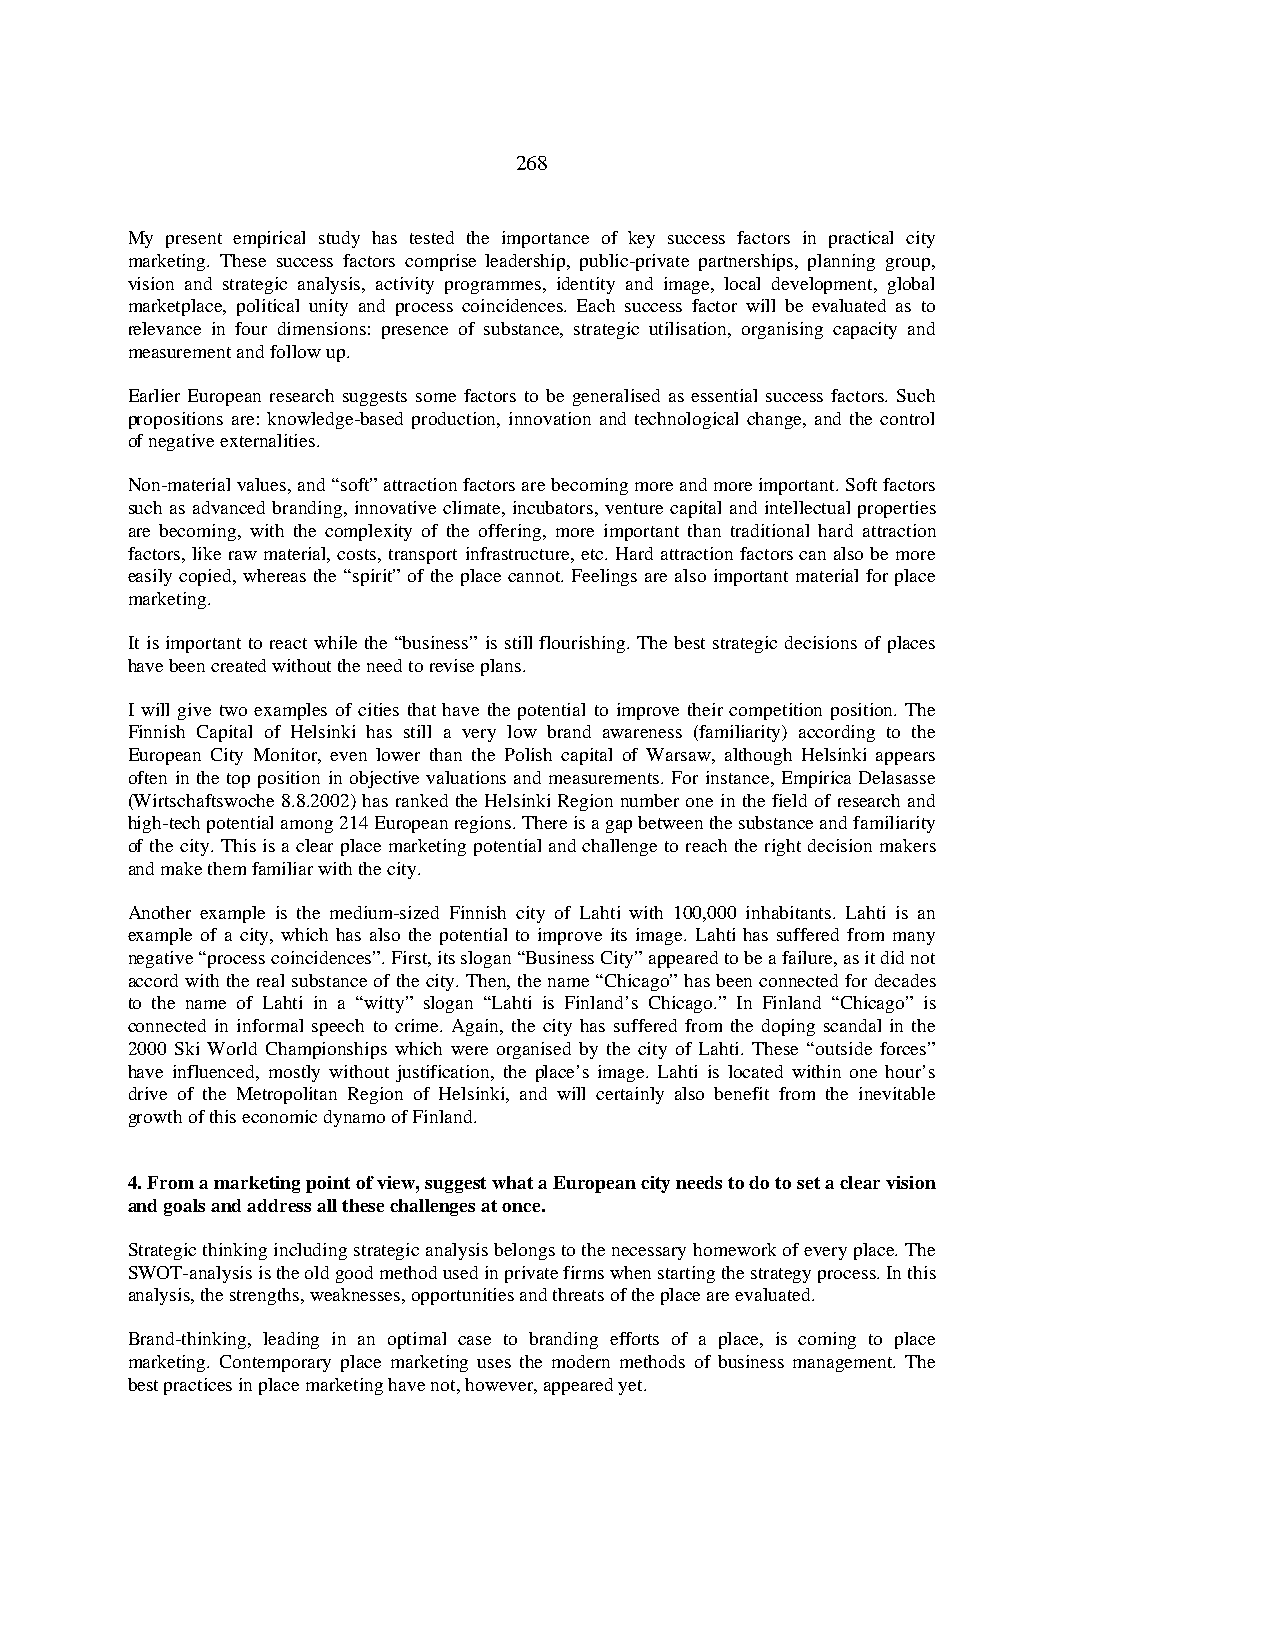
268
 My present empirical study has tested the importance of key success factors in practical city
 marketing. These success factors comprise leadership, public-private partnerships, planning group,
 vision and strategic analysis, activity programmes, identity and image, local development, global
 marketplace, political unity and process coincidences. Each success factor will be evaluated as to
 relevance in four dimensions: presence of substance, strategic utilisation, organising capacity and
 measurement and follow up.
 Earlier European research suggests some factors to be generalised as essential success factors. Such
 propositions are: knowledge-based production, innovation and technological change, and the control
 of negative externalities.
 Non-material values, and “soft” attraction factors are becoming more and more important. Soft factors
 such as advanced branding, innovative climate, incubators, venture capital and intellectual properties
 are becoming, with the complexity of the offering, more important than traditional hard attraction
 factors, like raw material, costs, transport infrastructure, etc. Hard attraction factors can also be more
 easily copied, whereas the “spirit” of the place cannot. Feelings are also important material for place
 marketing.
 It is important to react while the “business” is still flourishing. The best strategic decisions of places
 have been created without the need to revise plans.
 I will give two examples of cities that have the potential to improve their competition position. The
 Finnish Capital of Helsinki has still a very low brand awareness (familiarity) according to the
 European City Monitor, even lower than the Polish capital of Warsaw, although Helsinki appears
 often in the top position in objective valuations and measurements. For instance, Empirica Delasasse
 (Wirtschaftswoche 8.8.2002) has ranked the Helsinki Region number one in the field of research and
 high-tech potential among 214 European regions. There is a gap between the substance and familiarity
 of the city. This is a clear place marketing potential and challenge to reach the right decision makers
 and make them familiar with the city.
 Another example is the medium-sized Finnish city of Lahti with 100,000 inhabitants. Lahti is an
 example of a city, which has also the potential to improve its image. Lahti has suffered from many
 negative “process coincidences”. First, its slogan “Business City” appeared to be a failure, as it did not
 accord with the real substance of the city. Then, the name “Chicago” has been connected for decades
 to the name of Lahti in a “witty” slogan “Lahti is Finland’s Chicago.” In Finland “Chicago” is
 connected in informal speech to crime. Again, the city has suffered from the doping scandal in the
 2000 Ski World Championships which were organised by the city of Lahti. These “outside forces”
 have influenced, mostly without justification, the place’s image. Lahti is located within one hour’s
 drive of the Metropolitan Region of Helsinki, and will certainly also benefit from the inevitable
 growth of this economic dynamo of Finland.
 4. From a marketing point of view, suggest what a European city needs to do to set a clear vision
 and goals and address all these challenges at once.
 Strategic thinking including strategic analysis belongs to the necessary homework of every place. The
 SWOT-analysis is the old good method used in private firms when starting the strategy process. In this
 analysis, the strengths, weaknesses, opportunities and threats of the place are evaluated.
 Brand-thinking, leading in an optimal case to branding efforts of a place, is coming to place
 marketing. Contemporary place marketing uses the modern methods of business management. The
 best practices in place marketing have not, however, appeared yet.